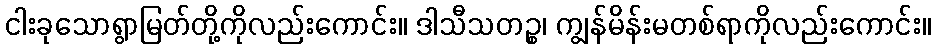
ငါးခုသောရွာမြတ်တို့ကိုလည်းကောင်း။ ဒါသီသတဉ္စ၊ ကျွန်မိန်းမတစ်ရာကိုလည်းကောင်း။